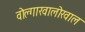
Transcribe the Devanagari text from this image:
वोल्गाखालोखाल